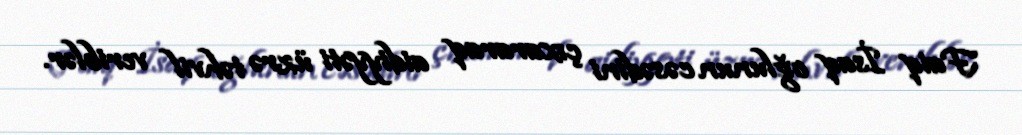
Faiq İsaq oğlunun cəsədini çıxararaq aidiyyəti üzrə təhvil veriblər.